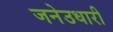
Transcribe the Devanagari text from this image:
जनेउधारी